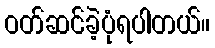
ဝတ်ဆင်ခဲ့ပုံရပါတယ်။